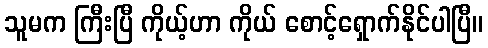
သူမက ကြီးပြီ ကိုယ့်ဟာ ကိုယ် စောင့်ရှောက်နိုင်ပါပြီ။